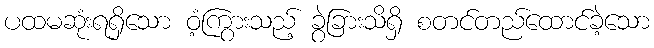
ပထမဆုံးရရှိသော ဝံ့ကြွားသည့် ခွဲခြားသိရှိ စတင်တည်ထောင်ခဲ့သော